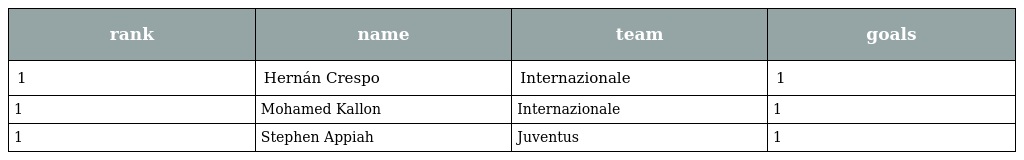
| rank | name | team | goals |
 | --- | --- | --- | --- |
 | 1 | Hernán Crespo | Internazionale | 1 |
 | 1 | Mohamed Kallon | Internazionale | 1 |
 | 1 | Stephen Appiah | Juventus | 1 |